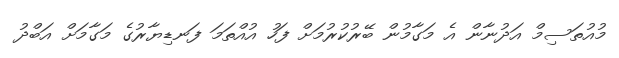
މުއުތަސިމް އަދުނާން އެ މަަގާމުން ބޭރުކުރުމަށް ފަހު އުއްތަމަ ފަނޑިޔާރުގެ މަގާމަށް އަބްދު